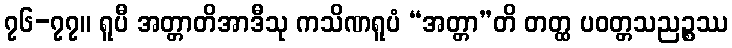
၇၆-၇၇။ ရူပီ အတ္တာတိအာဒီသု ကသိဏရူပံ “အတ္တာ”တိ တတ္ထ ပဝတ္တသညဉ္စဿ